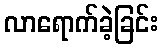
လာရောက်ခဲ့ခြင်း